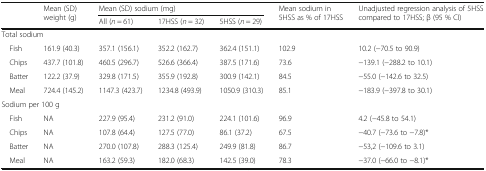
| <ROWSPAN=2>  | <ROWSPAN=2> Mean (SD) weight (g) | <COLSPAN=3> Mean (SD) sodium (mg) | <ROWSPAN=2> Mean sodium in 5HSS as % of 17HSS | <ROWSPAN=2> Unadjusted regression analysis of 5HSS compared to 17HSS; β (95 % CI) |
 | All (n = 61) | 17HSS (n = 32) | 5HSS (n = 29) |
 | --- | --- | --- | --- | --- | --- | --- |
 | <COLSPAN=7> Total sodium |
 | Fish | 161.9 (40.3) | 357.1 (156.1) | 352.2 (162.7) | 362.4 (151.1) | 102.9 | 10.2 (−70.5 to 90.9) |
 | Chips | 437.7 (101.8) | 460.5 (296.7) | 526.6 (366.4) | 387.5 (171.6) | 73.6 | −139.1 (−288.2 to 10.1) |
 | Batter | 122.2 (37.9) | 329.8 (171.5) | 355.9 (192.8) | 300.9 (142.1) | 84.5 | −55.0 (−142.6 to 32.5) |
 | Meal | 724.4 (145.2) | 1147.3 (423.7) | 1234.8 (493.9) | 1050.9 (310.3) | 85.1 | −183.9 (−397.8 to 30.1) |
 | <COLSPAN=7> Sodium per 100 g |
 | Fish | NA | 227.9 (95.4) | 231.2 (91.0) | 224.1 (101.6) | 96.9 | 4.2 (−45.8 to 54.1) |
 | Chips | NA | 107.8 (64.4) | 127.5 (77.0) | 86.1 (37.2) | 67.5 | −40.7 (−73.6 to −7.8)* |
 | Batter | NA | 270.0 (107.8) | 288.3 (125.4) | 249.9 (81.8) | 86.7 | −53,2 (−109.6 to 3.1) |
 | Meal | NA | 163.2 (59.3) | 182.0 (68.3) | 142.5 (39.0) | 78.3 | −37.0 (−66.0 to −8.1)* |